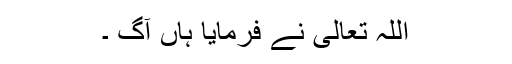
اللہ تعالٰی نے فرمایا ہاں آگ ۔